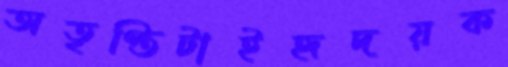
অতৃপ্তিটাইহৃদয়ক